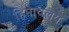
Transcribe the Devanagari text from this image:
हिमाचलय